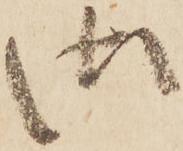
御